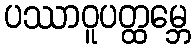
ပဿာဝူပတ္ထမ္ဘေ